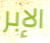
الإبر